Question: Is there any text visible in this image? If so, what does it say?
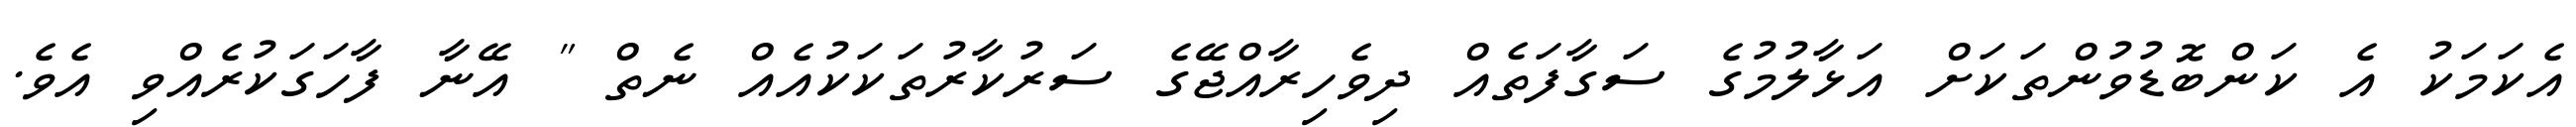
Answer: އެކަމަކު އެ ކަންބޮޑުވުންތަކަށް އަޅާލުމުގެ ސަގާފަތެއް ދިވެހިރާއްޖޭގެ ސަރުކާރުތަކަކުއެއް ނެތް " އޭނާ ފާހަގަކުރެއްވި އެވެ.